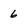
Character: 6